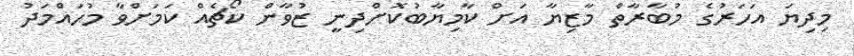
މިދިޔަ އަހަރުގެ މުބާރާތް މާޒިޔާ އަށް ކާމިޔާބުކޮށްދިނީ ޒުވާން ކޯޗެއް ކަމަށްވާ މުހައްމަދު